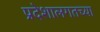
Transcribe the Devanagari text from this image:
प्रदेशालगतच्या